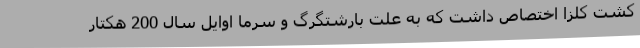
کشت کلزا اختصاص داشت که به علت بارشتگرگ و سرما اوایل سال 200 هکتار